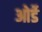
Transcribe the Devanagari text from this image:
ओर्डे